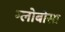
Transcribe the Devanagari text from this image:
ग्लोबोसा